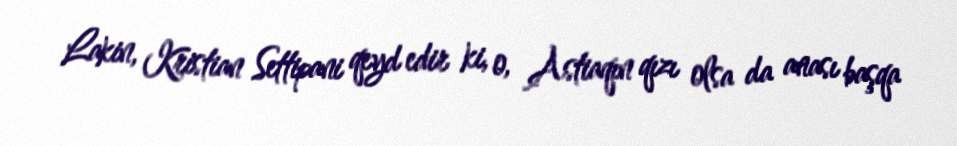
Lakin, Kristian Settipani qeyd edir ki, o, Astiaqın qızı olsa da anası başqa